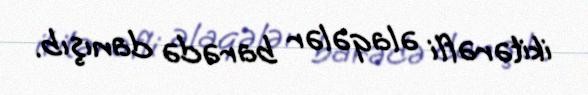
ikitərəfli əlaqələr barədə danışıb.